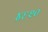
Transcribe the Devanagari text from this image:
४६२०